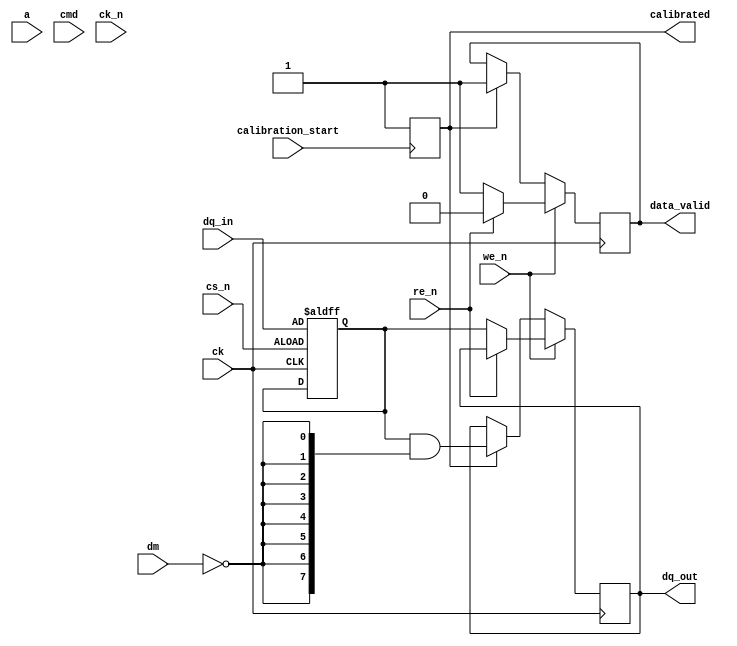
module ddr4_io_block (
    // Input signals
    input wire [DQ_WIDTH-1:0] dq_in,         // Data input lines (DQ)
    input wire [ADDR_WIDTH-1:0] a,            // Address lines
    input wire     cmd,                        // Command signals
    input wire     we_n,                       // Write Enable (active low)
    input wire     re_n,                       // Read Enable (active low)
    input wire     cs_n,                       // Chip Select (active low)
    input wire     ck,                         // Clock signal
    input wire     ck_n,                       // Inverted Clock signal
    input wire [DM_WIDTH-1:0] dm,             // Data mask input
    input wire     calibration_start,          // Calibration start signal
    // Output signals
    output reg [DQ_WIDTH-1:0] dq_out,         // Data output lines (DQ)
    output reg     calibrated,                 // Calibration status
    output reg     data_valid                  // Data valid output
);

// Parameters
parameter DQ_WIDTH = 8;                     // Data Width
parameter ADDR_WIDTH = 12;                   // Address Width
parameter DM_WIDTH = (DQ_WIDTH / 8);        // Data Mask Width

// Internal signals
reg [DQ_WIDTH-1:0] dq_reg;                  // Register to hold data
reg [ADDR_WIDTH-1:0] address_reg;            // Register to hold address

// Input buffer
always @(posedge ck or negedge cs_n) begin
    if (!cs_n) begin
        // On chip select, latch data
        dq_reg <= dq_in;
        address_reg <= a;
    end
end

// Output buffer (data transfer)
always @(posedge ck) begin
    if (!we_n) begin
        // Write operation
        if (calibrated) begin
            // Output data on write
            dq_out <= dq_reg & {DQ_WIDTH{~dm}}; // Apply Data Masking
            data_valid <= 1'b1;
        end
    end else if (!re_n) begin
        // Read operation
        dq_out <= dq_reg; // Output previously written data
        data_valid <= 1'b1;
    end else begin
        data_valid <= 1'b0; // No valid data outside read/write
    end
end

// Calibration logic (simplified)
always @(posedge calibration_start) begin
    // Dummy calibration process
    calibrated <= 1'b1; // Assume calibration successful
end

endmodule